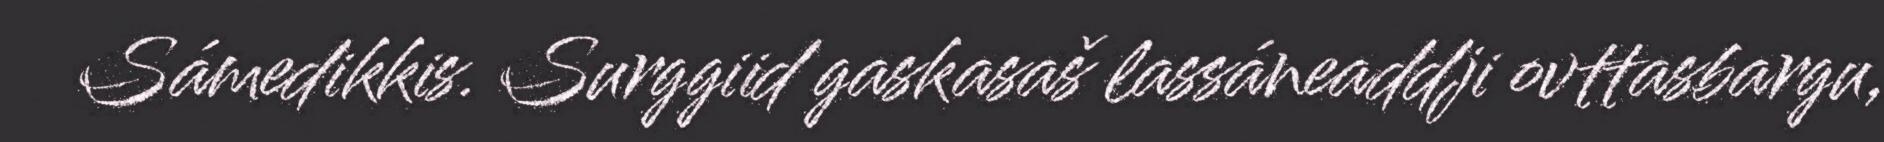
Sámedikkis. Surggiid gaskasaš lassáneaddji ovttasbargu,